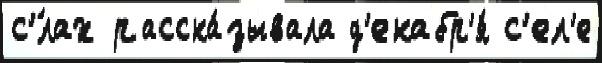
с'́лах расска́зывала д'екабр'я́ с'ел'е